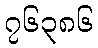
၇၆၃၈၆